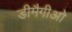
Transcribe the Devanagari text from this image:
डीमैगीओ